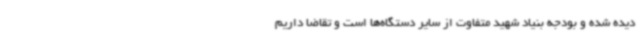
دیده شده و بودجه بنیاد شهید متفاوت از سایر دستگاه‌ها است و تقاضا داریم